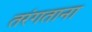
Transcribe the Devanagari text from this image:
तरंगताना